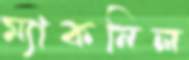
ম্যাকনিল